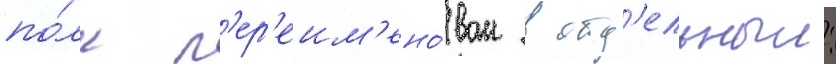
по́лк п'ер'еим'ено́ван в отд'ельныи: